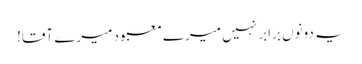
یہ دونوں برابر نہیں میرے معبود میرے آقا!